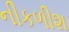
નીકળીશ